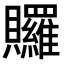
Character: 𧹐